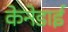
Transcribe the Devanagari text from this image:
केनेडाई